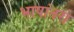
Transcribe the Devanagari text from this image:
भाषांतरों